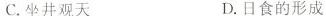
C.坐井观天 D.日食的形成